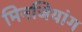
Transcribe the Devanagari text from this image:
मिनजियांग